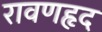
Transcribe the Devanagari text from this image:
रावणहृद